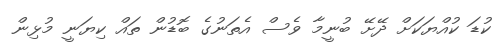
ކުޑަ ކުއްޔަކަށް ދޭށޭ ބުނީމާ ވެސް އެތަނުގެ ބޮޑުން ތައް ކިޔަނީ މުޅިން